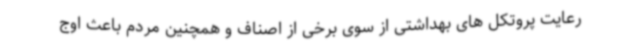
رعایت پروتکل های بهداشتی از سوی برخی از اصناف و همچنین مردم باعث اوج